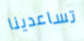
تساعدينا